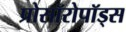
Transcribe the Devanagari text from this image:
प्रोसॉरोपॉड्स